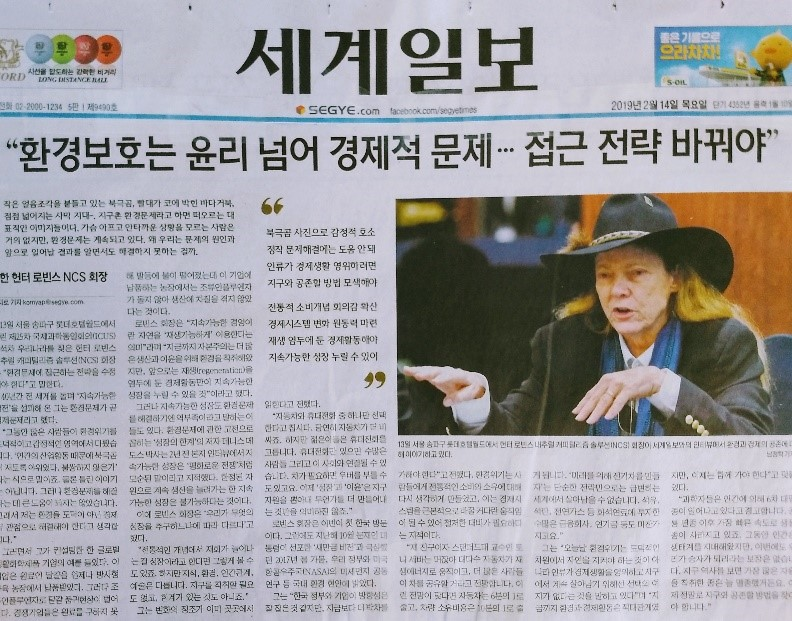
Language: ko